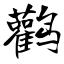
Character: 鹳